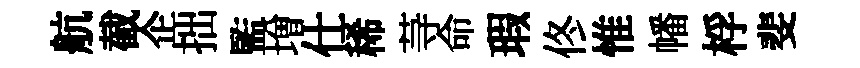
航截企拙監増仕稀䒭命瑕佟惟幡桴斐